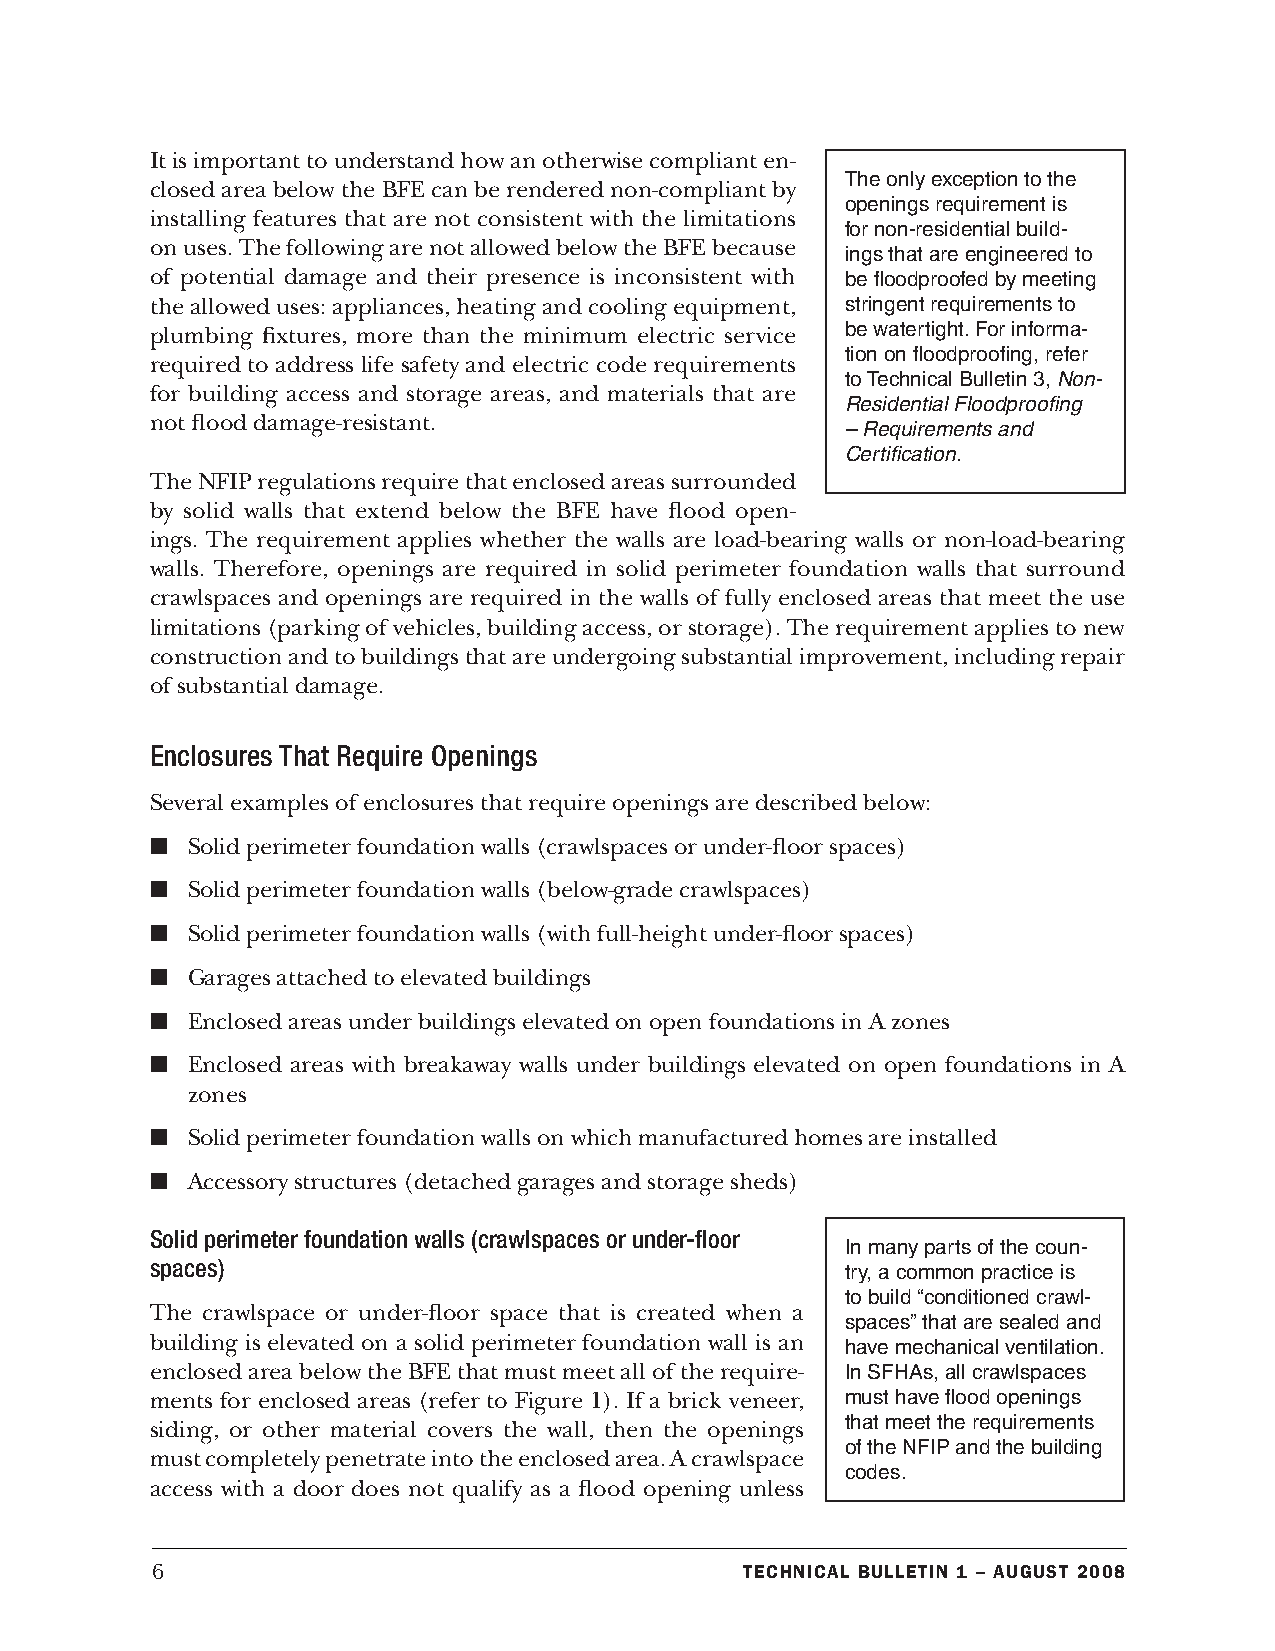
It is important to understand how an otherwise compliant en-
 The only exception to the
 closed area below the BFE can be rendered non-compliant by
 openings requirement is
 installing features that are not consistent with the limitations
 for non-residential build-
 on uses. The following are not allowed below the BFE because
 ings that are engineered to
 of potential damage and their presence is inconsistent with be floodproofed by meeting
 the allowed uses: appliances, heating and cooling equipment, stringent requirements to
 plumbing fixtures, more than the minimum electric service be watertight. For informa-
 tion on floodproofing, refer
 required to address life safety and electric code requirements
 to Technical Bulletin 3, Non-
 for building access and storage areas, and materials that are
 Residential Floodproofing
 not flood damage-resistant.
 – Requirements and
 Certification.
 The NFIP regulations require that enclosed areas surrounded
 by solid walls that extend below the BFE have flood open-
 ings. The requirement applies whether the walls are load-bearing walls or non-load-bearing
 walls. Therefore, openings are required in solid perimeter foundation walls that surround
 crawlspaces and openings are required in the walls of fully enclosed areas that meet the use
 limitations (parking of vehicles, building access, or storage). The requirement applies to new
 construction and to buildings that are undergoing substantial improvement, including repair
 of substantial damage.
 Enclosures That Require Openings
 Several examples of enclosures that require openings are described below:
 n Solid perimeter foundation walls (crawlspaces or under-floor spaces)
 n Solid perimeter foundation walls (below-grade crawlspaces)
 n Solid perimeter foundation walls (with full-height under-floor spaces)
 n Garages attached to elevated buildings
 n Enclosed areas under buildings elevated on open foundations in A zones
 n Enclosed areas with breakaway walls under buildings elevated on open foundations in A
 zones
 n Solid perimeter foundation walls on which manufactured homes are installed
 n Accessory structures (detached garages and storage sheds)
 Solid perimeter foundation walls (crawlspaces or under-floor
 In many parts of the coun-
 spaces)                                       try, a common practice is
 to build “conditioned crawl-
 The crawlspace or under-floor space that is created when a
 spaces” that are sealed and
 building is elevated on a solid perimeter foundation wall is an have mechanical ventilation.
 enclosed area below the BFE that must meet all of the require- In SFHAs, all crawlspaces
 ments for enclosed areas (refer to Figure 1). If a brick veneer, must have flood openings
 that meet the requirements
 siding, or other material covers the wall, then the openings
 of the NFIP and the building
 must completely penetrate into the enclosed area. A crawlspace
 codes.
 access with a door does not qualify as a flood opening unless
 6                                      Technical BulleTin 1 – augusT 2008